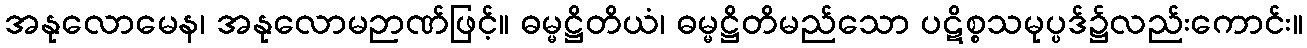
အနုလောမေန၊ အနုလောမဉာဏ်ဖြင့်။ ဓမ္မဋ္ဌိတိယံ၊ ဓမ္မဋ္ဌိတိမည်သော ပဋိစ္စသမုပ္ပဒ်၌လည်းကောင်း။